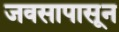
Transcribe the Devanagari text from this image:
जवसापासून